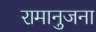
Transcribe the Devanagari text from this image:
रामानुजना